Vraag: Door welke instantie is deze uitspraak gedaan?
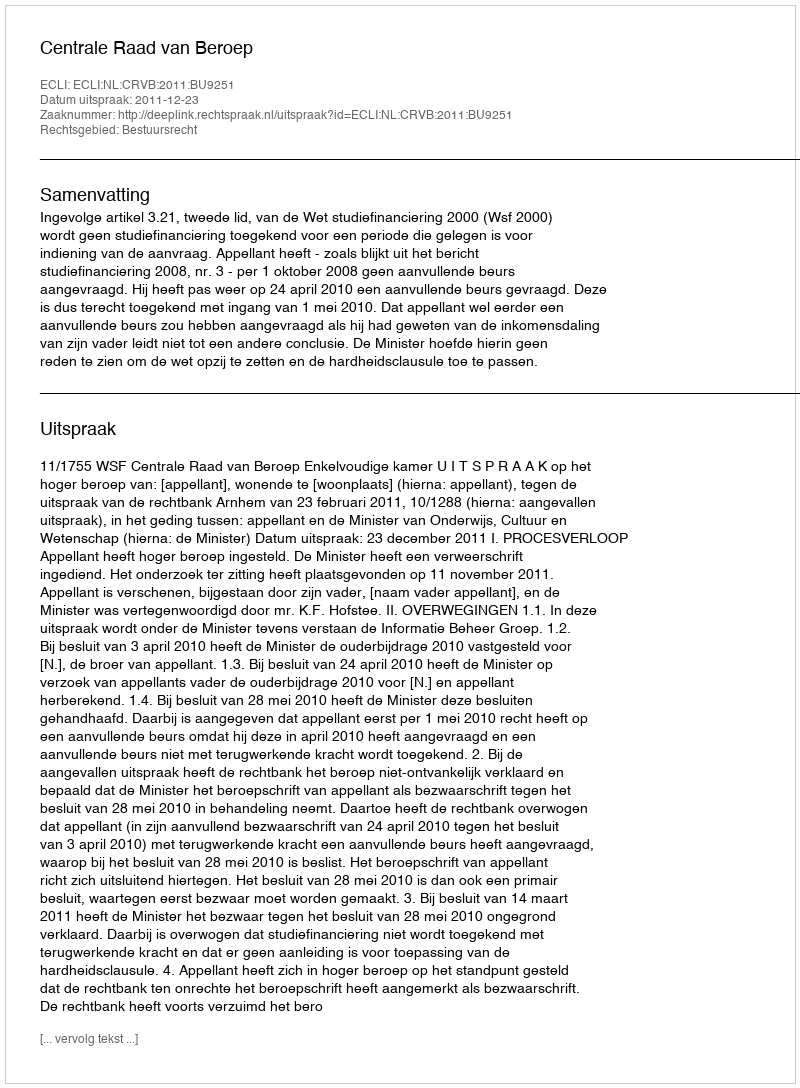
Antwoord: Centrale Raad van Beroep